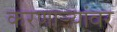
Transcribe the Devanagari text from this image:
करणार्‍यांवर